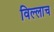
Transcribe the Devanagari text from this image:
विल्लाच